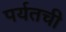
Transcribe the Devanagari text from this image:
पर्यतची